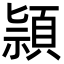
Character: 頴